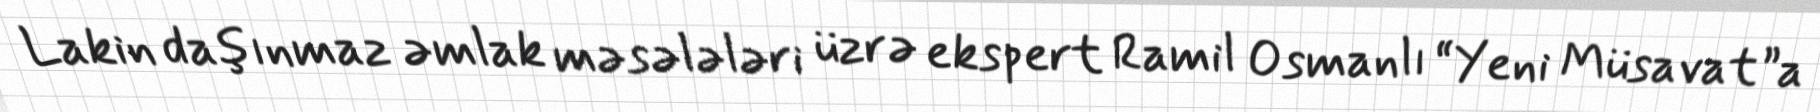
Lakin daşınmaz əmlak məsələləri üzrə ekspert Ramil Osmanlı “Yeni Müsavat”a